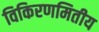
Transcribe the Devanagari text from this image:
विकिरणमितीय